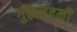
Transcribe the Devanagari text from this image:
गुरुनंदनी